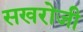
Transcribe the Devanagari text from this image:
सखरोजी